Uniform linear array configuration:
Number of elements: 8
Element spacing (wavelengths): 0.5
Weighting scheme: blackman
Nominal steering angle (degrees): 45
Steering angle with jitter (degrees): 44.358
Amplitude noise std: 0.05
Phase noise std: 0.05

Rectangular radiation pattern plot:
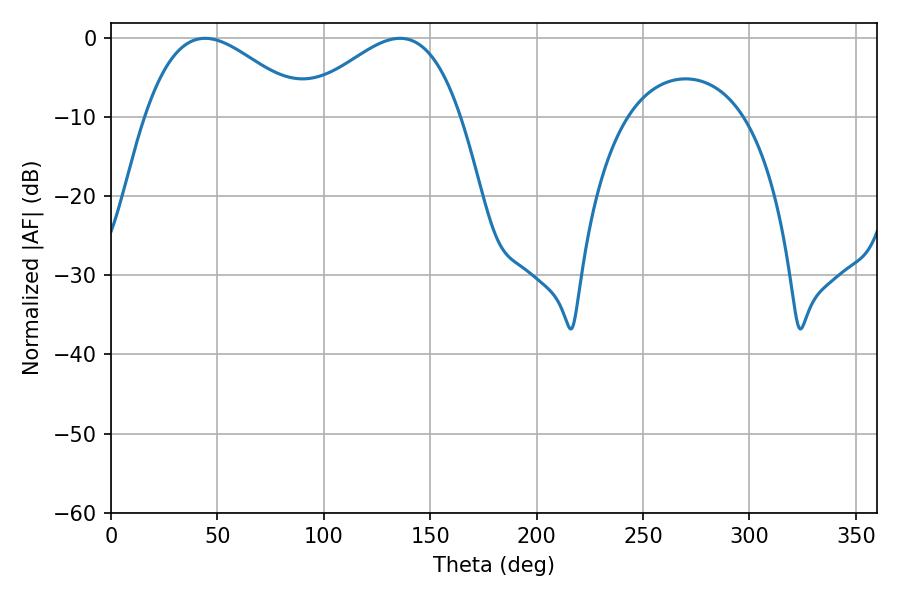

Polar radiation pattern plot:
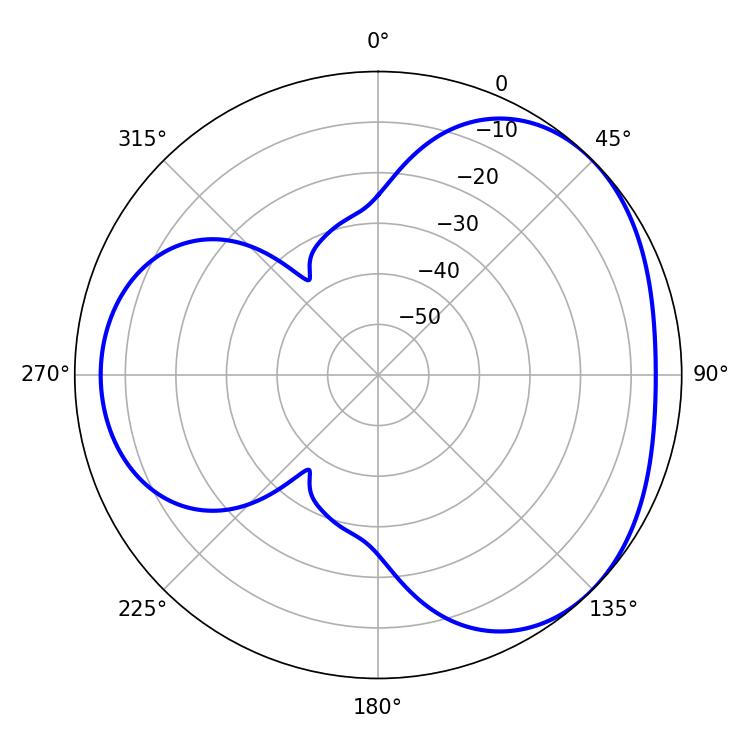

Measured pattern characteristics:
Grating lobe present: FALSE
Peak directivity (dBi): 3.408
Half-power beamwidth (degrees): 41.04
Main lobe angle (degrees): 44.28